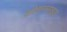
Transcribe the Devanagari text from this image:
ओशनसाइड